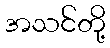
အသင်တို့